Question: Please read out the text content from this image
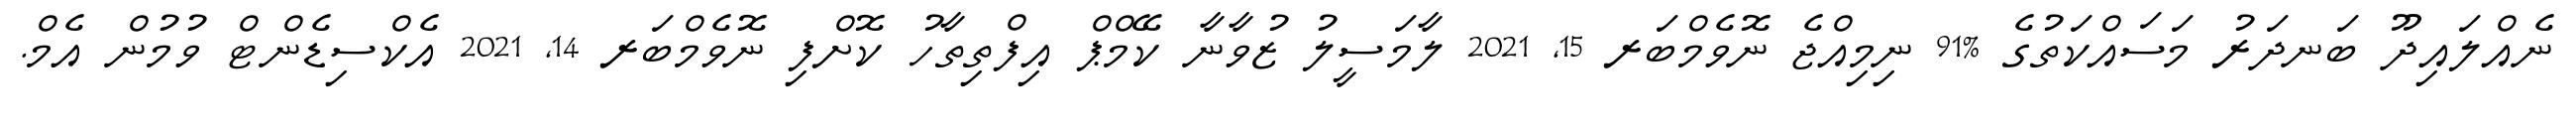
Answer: ނެއްލައިދޫ ބަނދަރު މަސައްކަތުގެ %91 ނިމިއްޖެ ނޮވެމްބަރ 15, 2021 ލާމަސީލު ޒުވާނާ ކޭމްޕް އިފްތިތާހު ކޮށްފި ނޮވެމްބަރ 14, 2021 އެކްސިޑެންޓް ވުމުން އެމް.